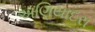
અણિયાદરા